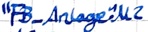
Text: "FB_Anlage".M2